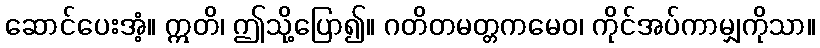
ဆောင်ပေးအံ့။ ဣတိ၊ ဤသို့ပြော၍။ ဂတိတမတ္တကမေဝ၊ ကိုင်အပ်ကာမျှကိုသာ။